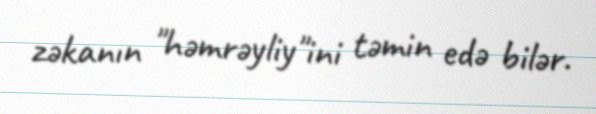
zəkanın "həmrəyliy"ini təmin edə bilər.